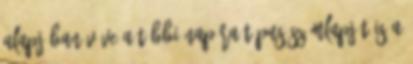
Alapjában véve a többi napóra típus számlapját is a